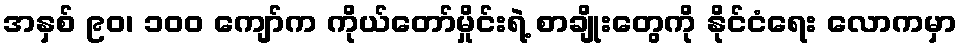
အနှစ် ၉၀၊ ၁၀၀ ကျော်က ကိုယ်တော်မှိုင်းရဲ့ စာချိုးတွေကို နိုင်ငံရေး လောကမှာ